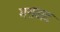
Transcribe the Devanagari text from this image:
मसवाद